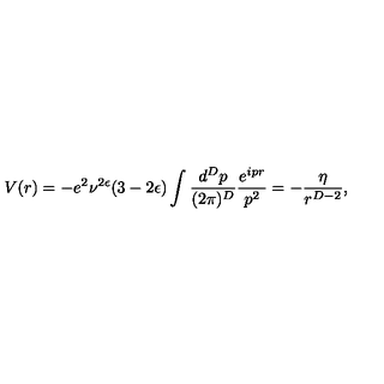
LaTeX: V ( r ) = - e ^ { 2 } \nu ^ { 2 \epsilon } ( 3 - 2 \epsilon ) \int \frac { d ^ { D } p } { ( 2 \pi ) ^ { D } } \frac { e ^ { i p r } } { p ^ { 2 } } = - \frac { \eta } { r ^ { D - 2 } } ,